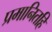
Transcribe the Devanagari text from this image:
प्रमानितहि